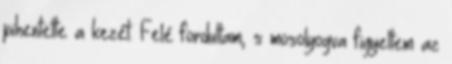
pihentette a kezét. Felé fordultam, s mosolyogva figyeltem az